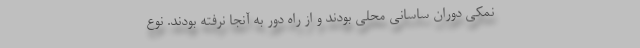
نمکی دوران ساسانی محلی بودند و از راه دور به آنجا نرفته بودند. نوع